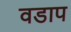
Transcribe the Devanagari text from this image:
वडाप